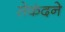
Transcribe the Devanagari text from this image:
सेकंदने